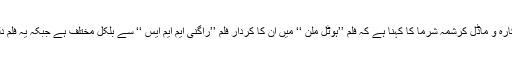
بھارتی میڈیا کے مطابق ٹی وی اداکارہ و ماڈل کرشمہ شرما کا کہنا ہے کہ فلم ’’ہوٹل ملن ‘‘ میں ان کا کردار فلم ’’راگنی ایم ایم ایس ‘‘ سے بلکل مختلف ہے جبکہ یہ فلم دلچسپ اور منفرد کہانی پر مبنی ہے۔